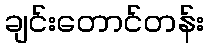
ချင်းတောင်တန်း